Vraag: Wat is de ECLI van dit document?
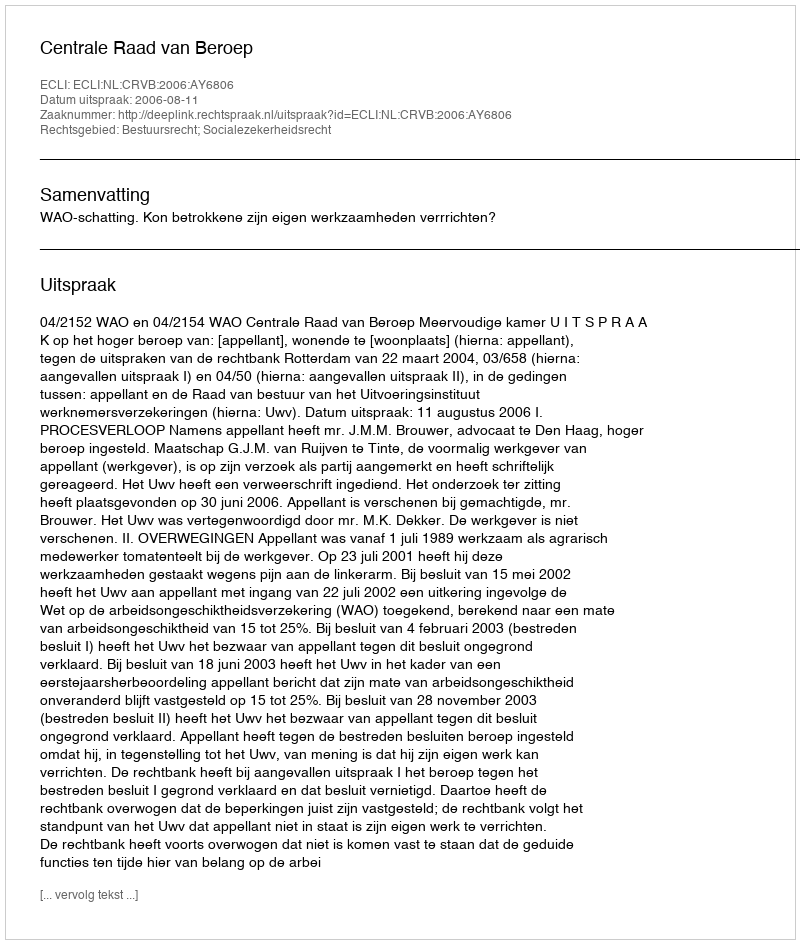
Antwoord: ECLI:NL:CRVB:2006:AY6806